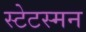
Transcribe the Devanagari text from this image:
स्टेटस्मन